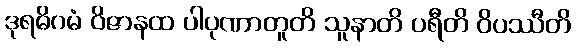
ဒုရဓိဂမံ ဝိဇာနထ ပါပုဏာတူတိ သူနာတိ ပရီတိ ဝိပဿီတိ